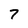
Character: 7